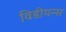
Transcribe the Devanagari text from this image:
विडीयन्स